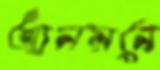
আনয়নে